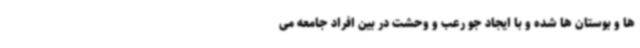
ها و بوستان ها شده و با ایجاد جو رعب و وحشت در بین افراد جامعه می